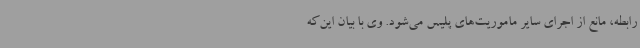
رابطه، مانع از اجرای سایر ماموریت‌های پلیس می‌شود. وی با بیان این‌که